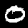
Label: 0